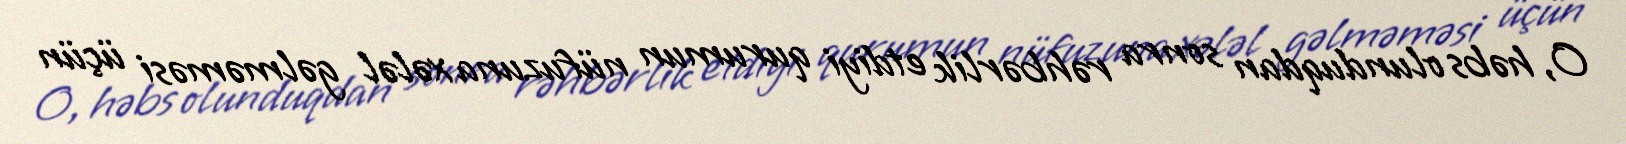
O, həbs olunduqdan sonra rəhbərlik etdiyi qurumun nüfuzuna xələl gəlməməsi üçün